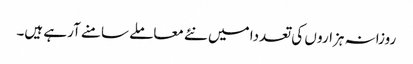
روزانہ ہزارو ں کی تعددا میں نئے معاملے سامنے آرہے ہیں۔